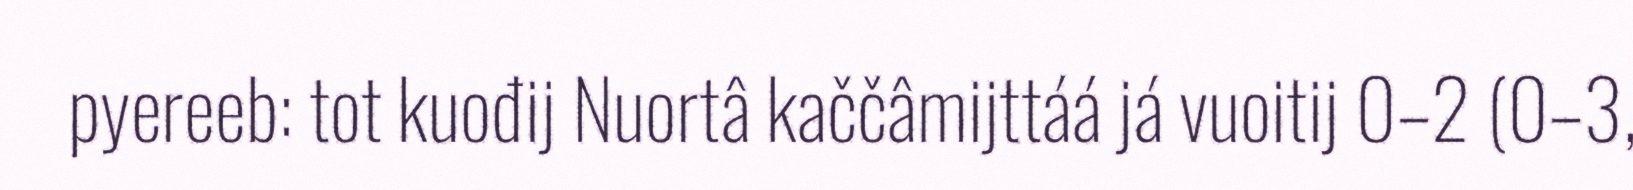
pyereeb: tot kuođij Nuortâ kaččâmijttáá já vuoitij 0–2 (0–3,